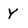
Character: Y